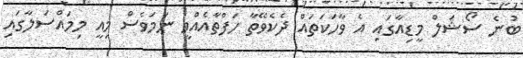
ބުނެ ސޯޝަލް މީޑިއާގައި އެ ވާހަކަތައް ދެކެވޭތާ ހަފްތާއެއްވީ ނަމަވެސް މިއީ މިމައްސަލާގައި